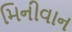
મિનીવાન